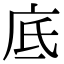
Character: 底